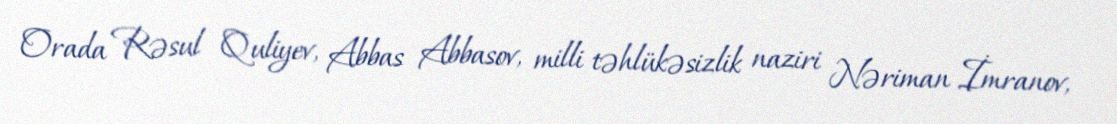
Orada Rəsul Quliyev, Abbas Abbasov, milli təhlükəsizlik naziri Nəriman İmranov,